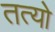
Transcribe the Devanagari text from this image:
तत्यो